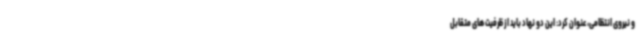
و نیروی انتظامی، عنوان کرد: این دو نهاد باید از ظرفیت های متقابل